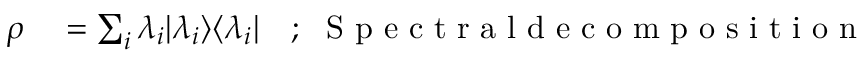
\begin{array} { r l } { \rho } & { { } = \sum _ { i } \lambda _ { i } | \lambda _ { i } \rangle \langle \lambda _ { i } | ~ ~ ~ ; ~ \mathrm { ~ S ~ p ~ e ~ c ~ t ~ r ~ a ~ l ~ d ~ e ~ c ~ o ~ m ~ p ~ o ~ s ~ i ~ t ~ i ~ o ~ n ~ } } \end{array}